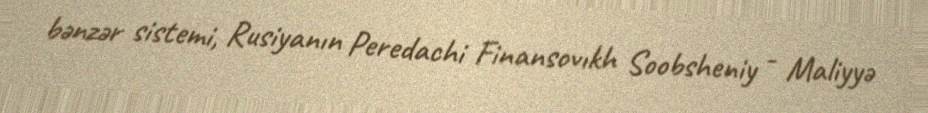
bənzər sistemi, Rusiyanın Peredachi Finansovıkh Soobsheniy - Maliyyə